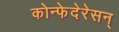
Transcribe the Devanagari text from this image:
कोन्फेदेरेसन्